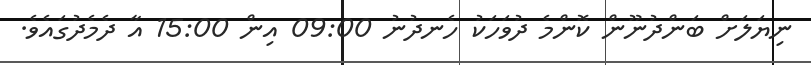
ނިޔަލަށް ބަންދުނޫން ކޮންމެ ދުވަހަކު ހެނދުނު 09:00 އިން 15:00 އާ ދެމެދުގައެވެ.